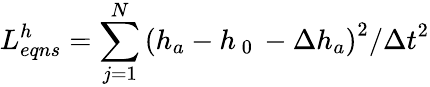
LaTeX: L_{eqns}^{h}=\sum_{j=1}^{N}{{{\left({{h}_{a}}-{{h}_{\mathrm{~0~}}}-\Delta{{h}_{a}}\right)}^{2}}/{{\Delta t}^{2}}}